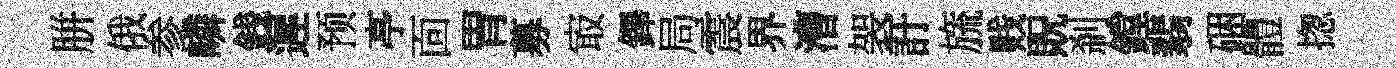
胼俄参嶙銭遲预𠅘靣胃募㝡鐸局震界漕袈訏旒贱貺剎鏜翡硱體揔